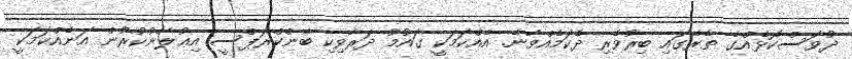
ދުވަސްކޮޅެއްގެ ތެރޭގައި ބިރުވެރި ދެކަމެއްވާނެ. އެއްކަމަކީ ގައުމު ދަރާވިކި ބޭންކްރަޕްސީ އިޢުލާނުކުރުން އަނެއްކަމަކީ